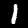
Label: 1